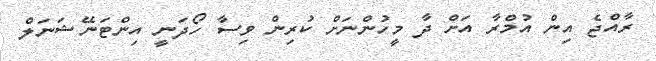
ރާއްޖެ އިން އުމްރާ އަށް ދާ މީހުންނަށް ކުރިން ވިސާ ހޯދަނީ އިންޓަނޭޝަނަލް